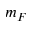
m _ { F }